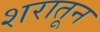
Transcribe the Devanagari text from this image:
शरातून